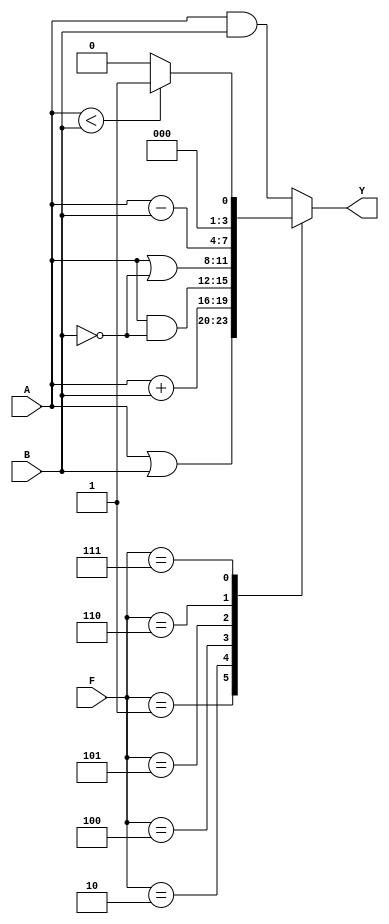
//Alu
module ALU (input wire [3:0]A, B, input wire [2:0]F, output reg [3:0]Y); //inputs de 4 bits y selector de operacin de 3 bits
  always @(*) begin
    case (F) //case con todas las operaciones a realizar
      3'b000: Y= A & B;
      3'b001: Y= A | B;
      3'b010: Y= A + B;
      3'b100: Y= A & ~B;
      3'b101: Y= A | ~B;
      3'b110: Y= A - B;
      3'b111: Y= (A<B) ? 4'b0001: 4'b0000;
      default: Y= A & B; //default por si comienza en un valor no especificado
    endcase
  end
endmodule